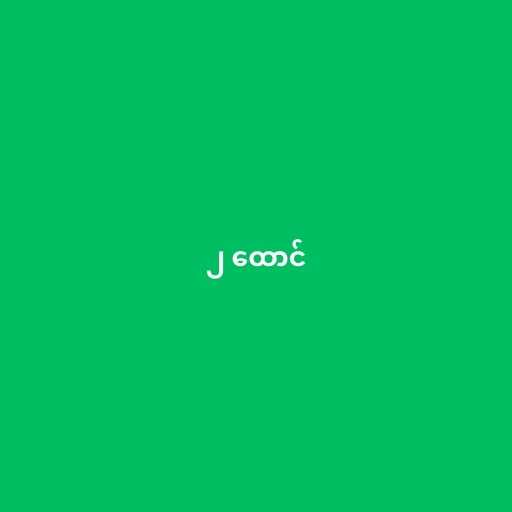
၂ ထောင်